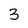
Character: 3